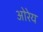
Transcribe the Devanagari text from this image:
ओरेय